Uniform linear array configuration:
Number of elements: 32
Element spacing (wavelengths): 0.75
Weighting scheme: uniform
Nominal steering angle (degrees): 45
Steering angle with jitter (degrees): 43.813
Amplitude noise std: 0.05
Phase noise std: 0.05

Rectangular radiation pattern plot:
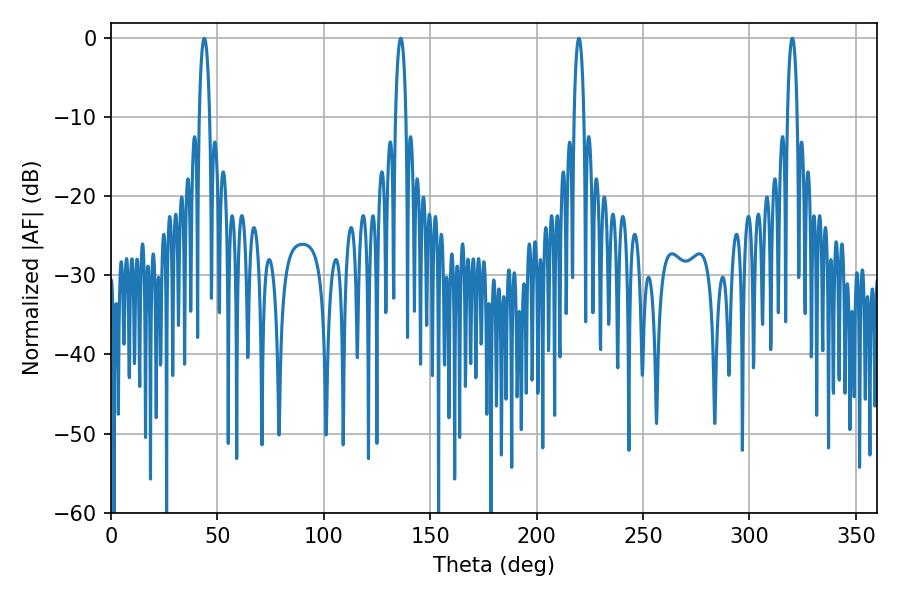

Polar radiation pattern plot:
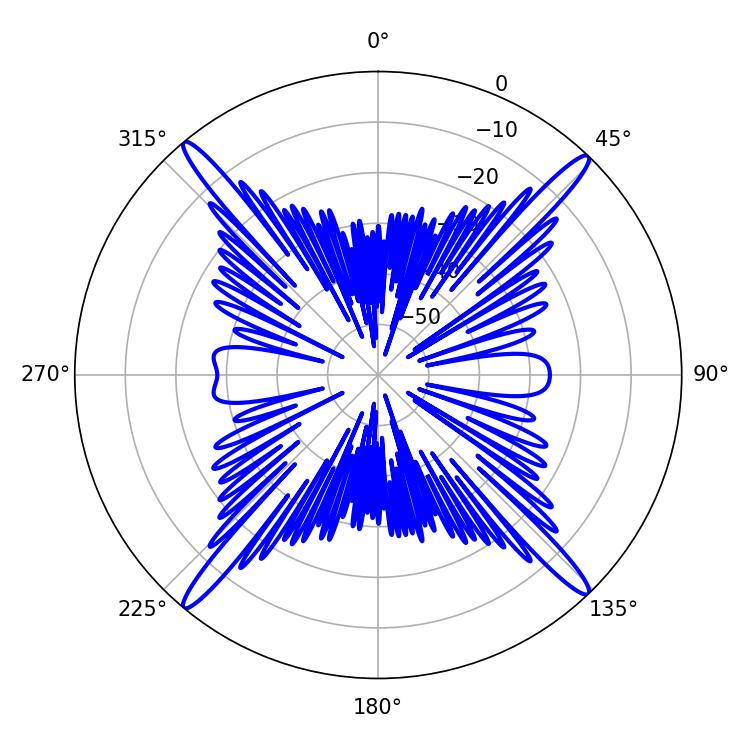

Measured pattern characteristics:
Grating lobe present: TRUE
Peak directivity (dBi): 22.942
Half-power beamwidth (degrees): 2.7
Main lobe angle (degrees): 219.78